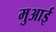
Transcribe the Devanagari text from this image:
मुआई